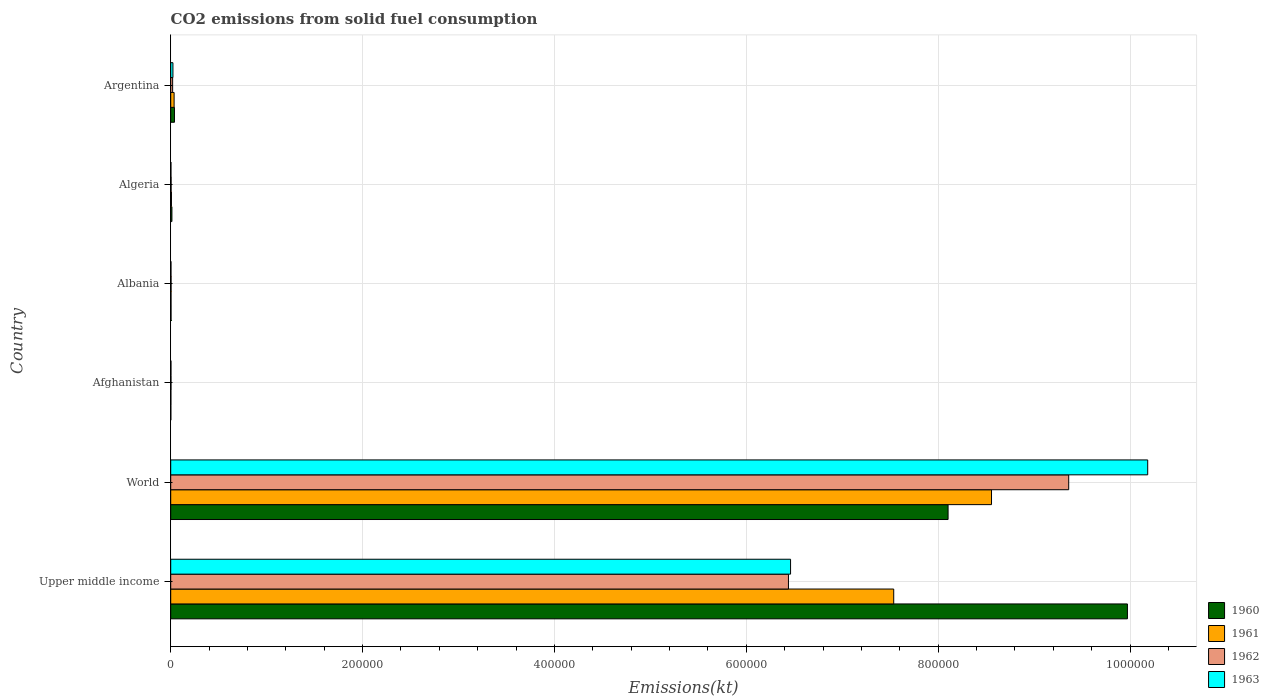
| Country | 1960 | 1961 | 1962 | 1963 |
 | --- | --- | --- | --- | --- |
 | Upper middle income | 9.97e+05 | 7.54e+05 | 6.44e+05 | 6.46e+05 |
 | World | 8.1e+05 | 8.56e+05 | 9.36e+05 | 1.02e+06 |
 | Afghanistan | 128 | 176 | 297 | 264 |
 | Albania | 326 | 323 | 363 | 282 |
 | Algeria | 1.26e+03 | 766 | 407 | 253 |
 | Argentina | 3.91e+03 | 3.54e+03 | 2.01e+03 | 2.31e+03 |